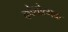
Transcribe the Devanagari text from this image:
कोशोत्मक